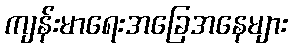
ကျန်းမာရေးအခြေအနေများ